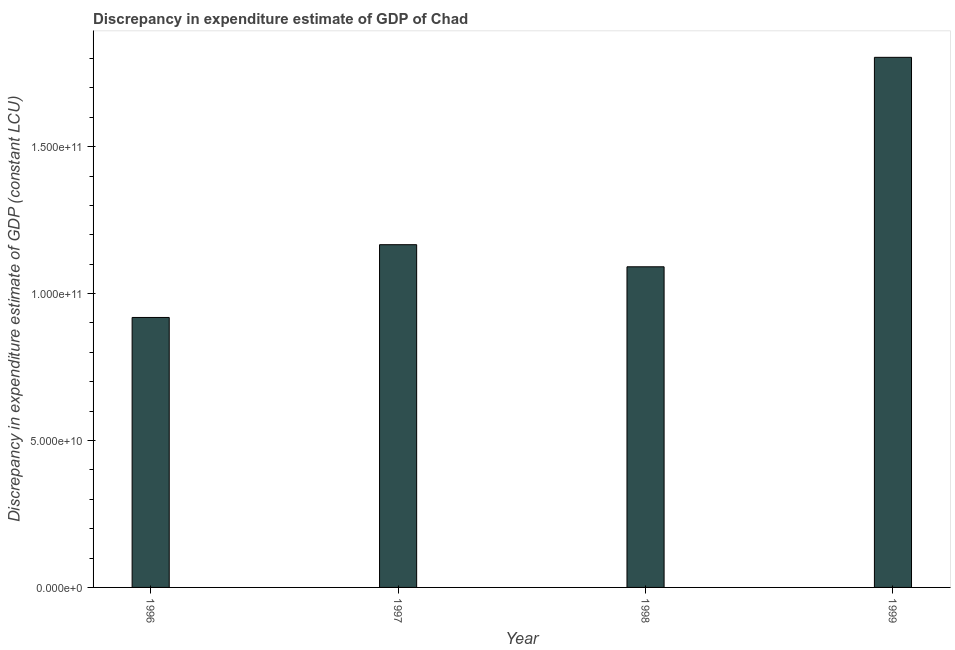
| Year | Discrepancy constant LCU |
 | --- | --- |
 | 1996 | 9.19e+10 |
 | 1997 | 1.17e+11 |
 | 1998 | 1.09e+11 |
 | 1999 | 1.8e+11 |